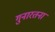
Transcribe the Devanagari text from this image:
गुनारतना